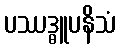
ပဿဒ္ဓူပနိသံ